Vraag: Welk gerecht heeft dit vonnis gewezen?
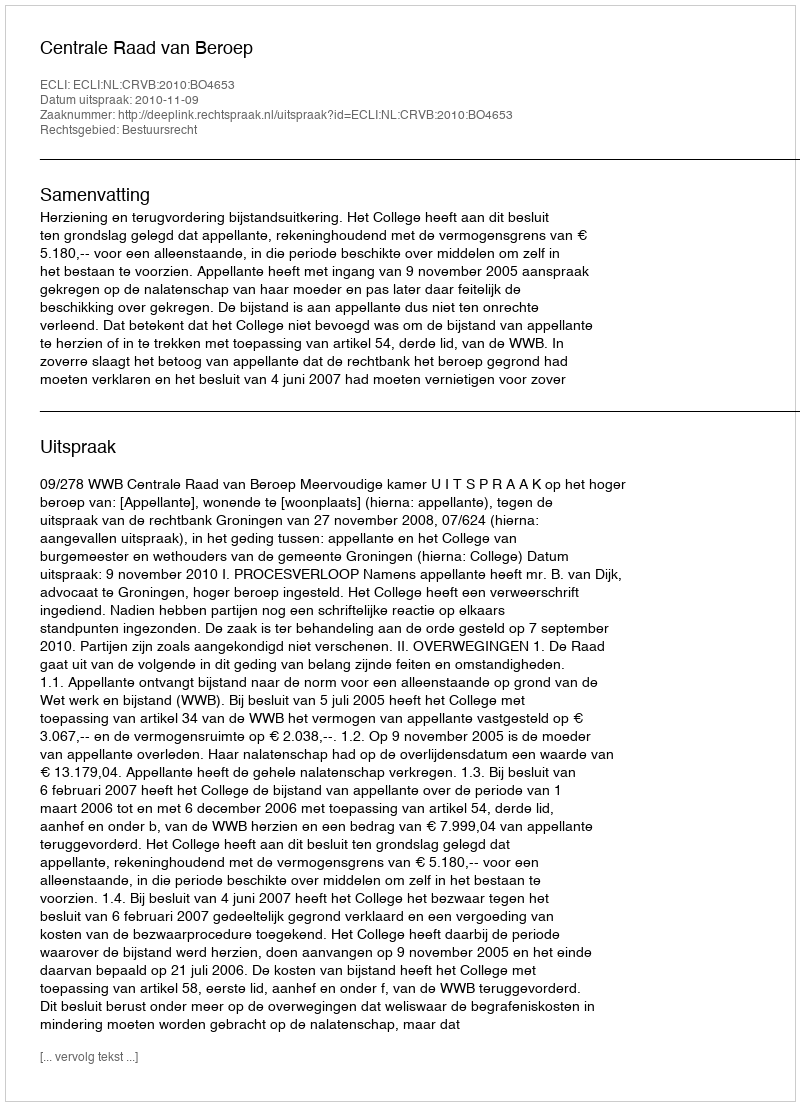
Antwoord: Centrale Raad van Beroep